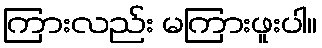
ကြားလည်း မကြားဖူးပါ။